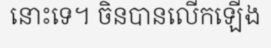
នោះទេ។ ចិនបានលើកឡើង